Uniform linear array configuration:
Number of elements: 16
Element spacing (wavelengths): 0.75
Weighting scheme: exponential
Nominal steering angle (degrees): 60
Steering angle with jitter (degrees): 59.48
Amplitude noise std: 0.05
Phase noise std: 0.05

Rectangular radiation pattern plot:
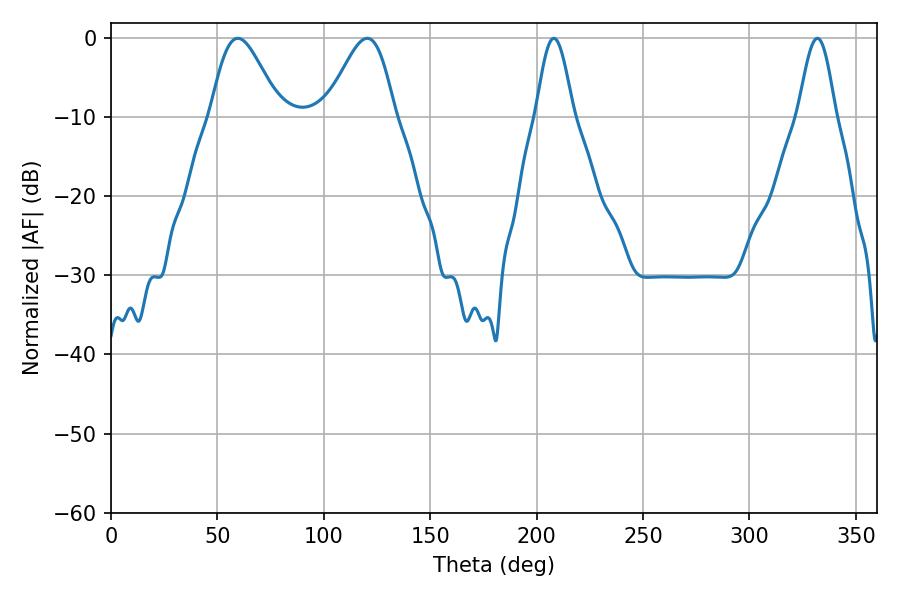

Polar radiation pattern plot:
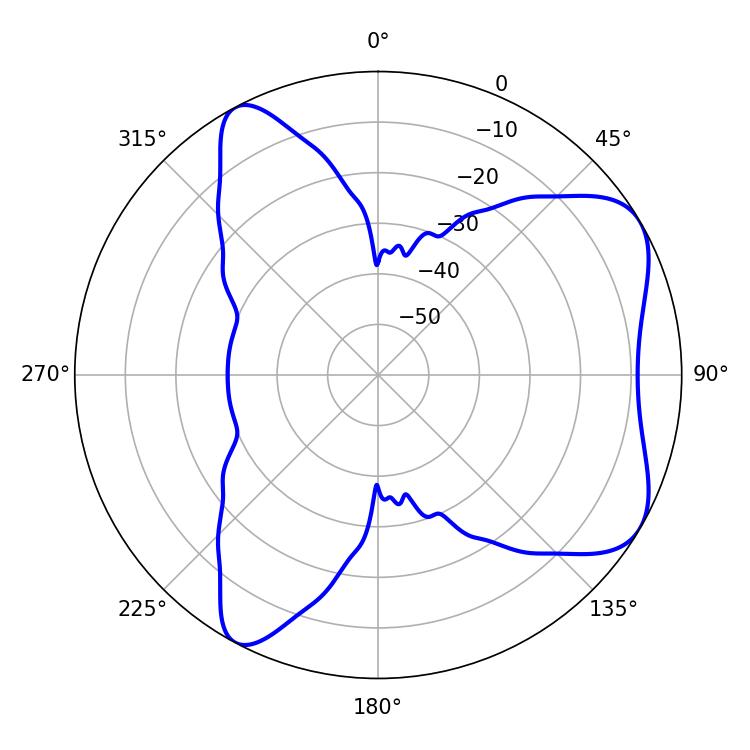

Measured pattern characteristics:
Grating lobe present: TRUE
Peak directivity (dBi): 6.491
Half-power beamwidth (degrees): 9.36
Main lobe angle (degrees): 208.08